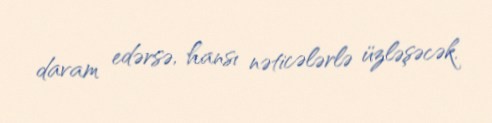
davam edərsə, hansı nəticələrlə üzləşəcək.